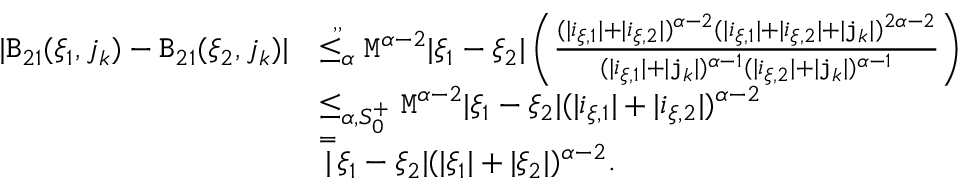
\begin{array} { r l } { | \mathtt { B } _ { 2 1 } ( \xi _ { 1 } , j _ { k } ) - \mathtt { B } _ { 2 1 } ( \xi _ { 2 } , j _ { k } ) | } & { \overset { , , } { \le _ { \alpha } } \mathtt { M } ^ { \alpha - 2 } | \xi _ { 1 } - \xi _ { 2 } | \left( \frac { ( | i _ { \xi , 1 } | + | i _ { \xi , 2 } | ) ^ { \alpha - 2 } ( | i _ { \xi , 1 } | + | i _ { \xi , 2 } | + | \mathtt { j } _ { k } | ) ^ { 2 \alpha - 2 } } { ( | i _ { \xi , 1 } | + | \mathtt { j } _ { k } | ) ^ { \alpha - 1 } ( | i _ { \xi , 2 } | + | \mathtt { j } _ { k } | ) ^ { \alpha - 1 } } \right) } \\ & { \le _ { \alpha , S _ { 0 } ^ { + } } \mathtt { M } ^ { \alpha - 2 } | \xi _ { 1 } - \xi _ { 2 } | ( | i _ { \xi , 1 } | + | i _ { \xi , 2 } | ) ^ { \alpha - 2 } } \\ & { \overset = | \xi _ { 1 } - \xi _ { 2 } | ( | \xi _ { 1 } | + | \xi _ { 2 } | ) ^ { \alpha - 2 } . } \end{array}